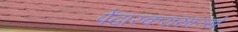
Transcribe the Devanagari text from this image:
पेंढारकरांसारखे